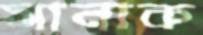
সানাক